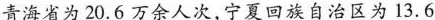
青海省为20.6万余人次，宁夏回族自治区为13.6